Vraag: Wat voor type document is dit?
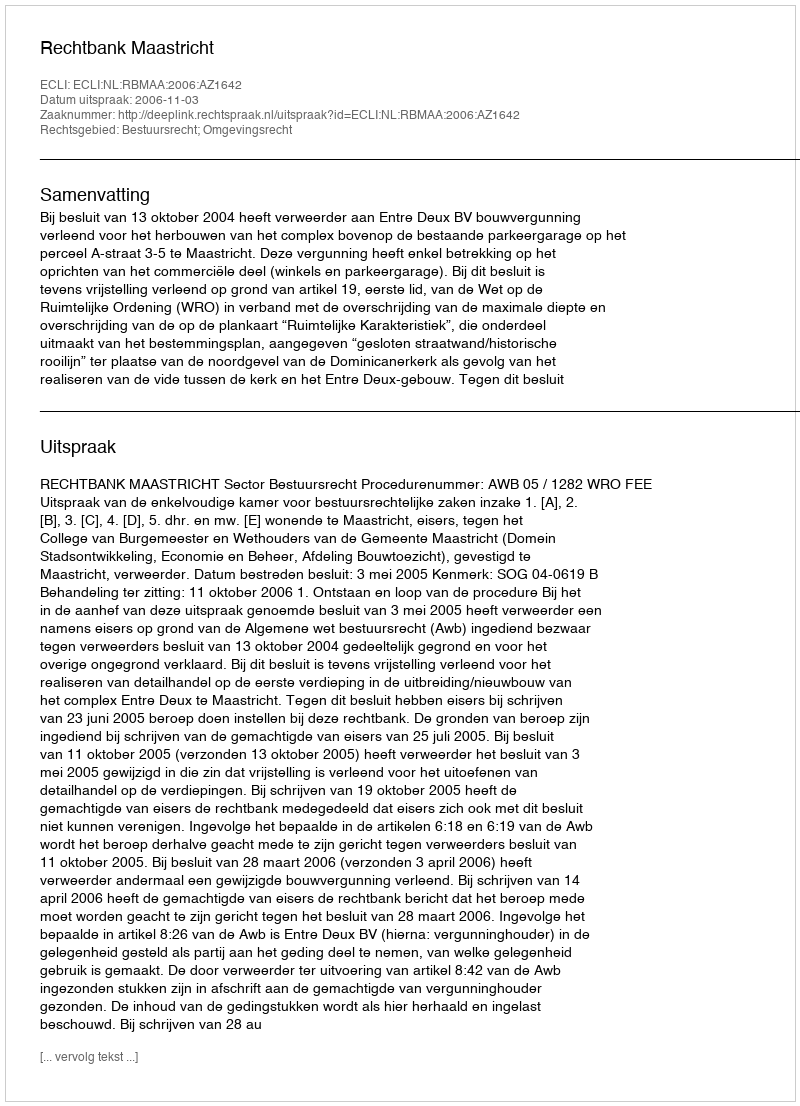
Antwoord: Uitspraak